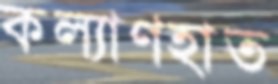
কল্যাণহাত